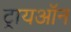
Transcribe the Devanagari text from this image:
ट्रायऑन